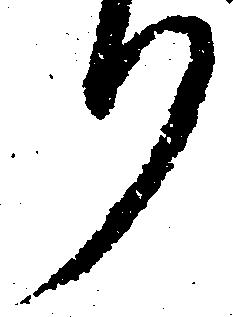
り